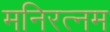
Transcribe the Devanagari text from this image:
मनिरत्नम